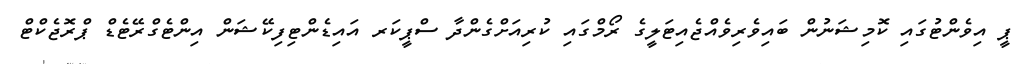
ޕީ އިވެންޓުގައި ކޮމިޝަނުން ބައިވެރިވެއްޖެއިޓަލީގެ ރޯމްގައި ކުރިއަށްގެންދާ ސްޕީކަރ އައިޑެންޓިފިކޭޝަން އިންޓެގްރޭޓެޑް ޕްރޮޖެކްޓް